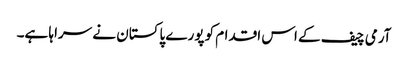
آرمی چیف کے اس اقدام کو پورے پاکستان نے سراہا ہے۔